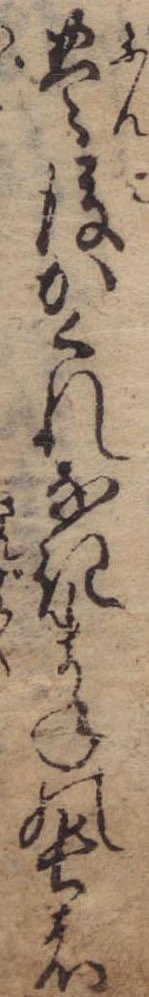
豊後かくれなきまねの長者